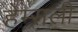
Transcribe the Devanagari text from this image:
हेम्सली